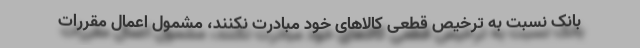
بانک نسبت به ترخیص قطعی کالاهای خود مبادرت نکنند، مشمول اعمال مقررات